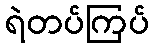
ရဲတပ်ကြပ်